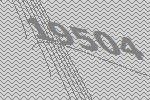
19504